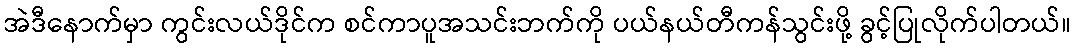
အဲဒီနောက်မှာ ကွင်းလယ်ဒိုင်က စင်ကာပူအသင်းဘက်ကို ပယ်နယ်တီကန်သွင်းဖို့ ခွင့်ပြုလိုက်ပါတယ်။